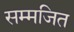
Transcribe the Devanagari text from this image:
सम्मजित